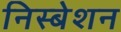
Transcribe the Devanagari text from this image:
निस्बेशन